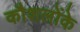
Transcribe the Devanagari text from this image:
कौशलोंके